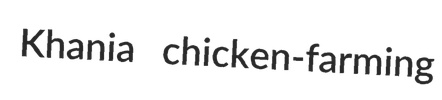
Khania chicken-farming